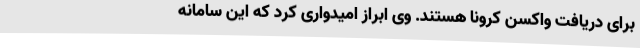
برای دریافت واکسن کرونا هستند. وی ابراز امیدواری کرد که این سامانه